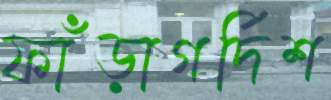
ফাঁড়াগর্দিশ